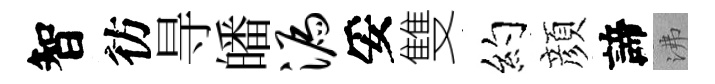
智彷㝵皤漏妥雙约顔諦沸